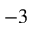
^ { - 3 }